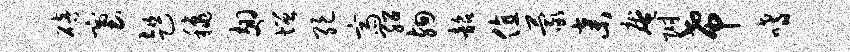
碚塞趄秋翅增绝斋绍殉韶值蒙弃庵附希嗜